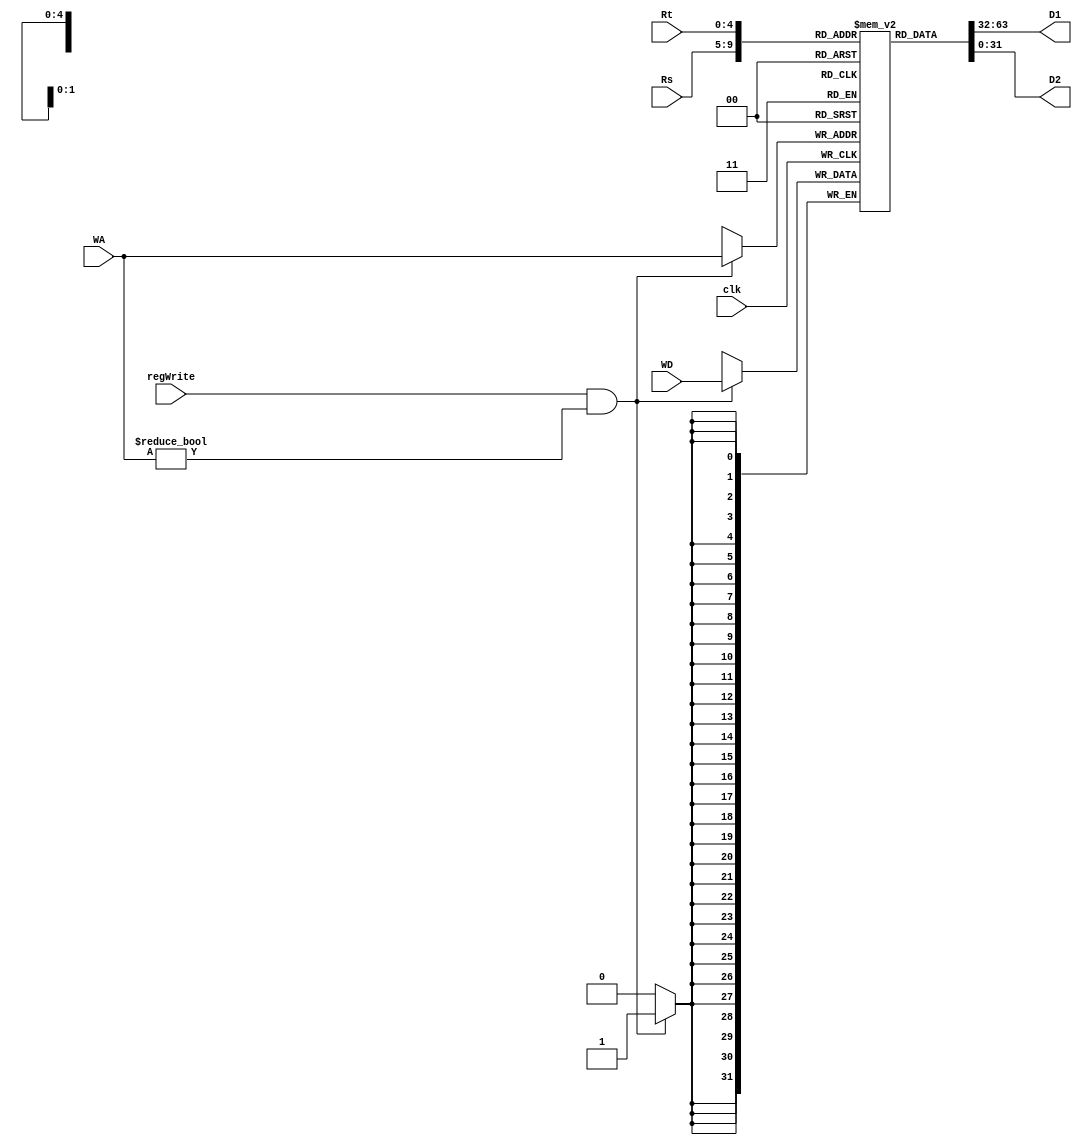
module RegFile(input clk, regWrite, input[4:0] Rs, Rt, WA,
			   input [31:0] WD,
			   output [31:0] D1, D2);
	reg [31:0] regs[31:0];
	assign D1 = regs[Rs];
	assign D2 = regs[Rt];
	integer i;
	initial begin
		for (i = 0 ; i <= 31 ; i = i + 1) regs[i] = 0;
	end
	always @(negedge clk) begin
		if (regWrite && (WA!=0)) regs[WA] <= WD;
	end

endmodule